Vaccination in Bombay 1869-1873 - 1869-1873
Year: 1869
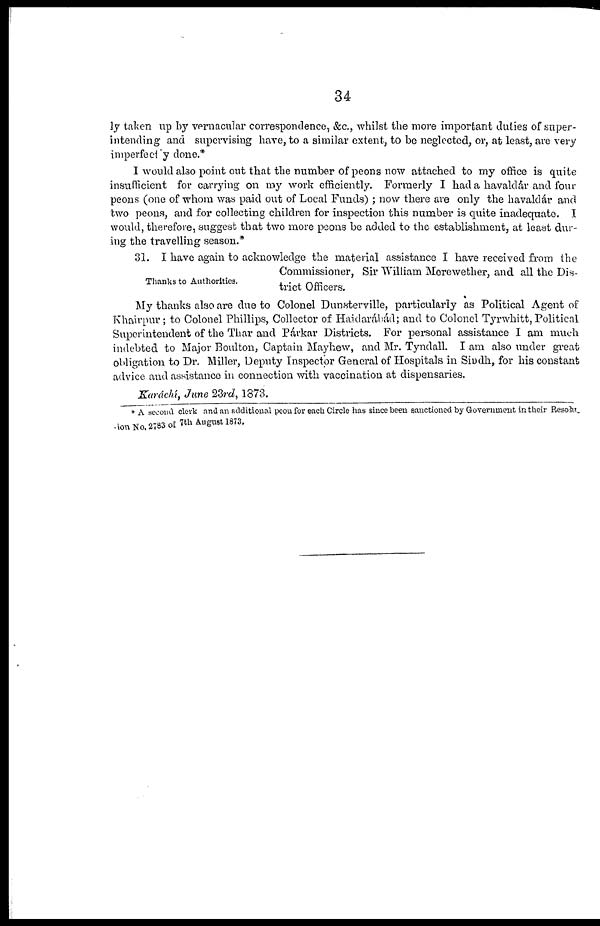
34
ly taken up by vernacular correspondence, &c., whilst the more important duties of super-
intending and supervising have, to a similar extent, to be neglected, or, at least, are very
imperfectly done.*
I would also point out that the number of peons now attached to my office is quite
insufficient for carrying on my work efficiently. Formerly I had a havaldár and four
peons (one of whom was paid out of Local Funds) ; now there are only the havaldár and
two peons, and for collecting children for inspection this number is quite inadequate. I
would, therefore, suggest that two more peons be added to the establishment, at least dur-
ing the travelling season.*
Thanks to Authorities.
31. I have again to acknowledge the material assistance I have received from the
Commissioner, Sir William Morewether, and all the Dis-
trict Officers.
My thanks also are due to Colonel Dunsterville, particularly as Political Agent of
Khairpur; to Colonel Phillips, Collector of Haidarábád; and to Colonel Tyrwhitt, Political
Superintendent of the Thar and Párkar Districts. For personal assistance I am much
indebted to Major Boulton, Captain Mayhew, and Mr. Tyndall. I am also under great
obligation to Dr. Miller, Deputy Inspector General of Hospitals in Sindh, for his constant
advice and assistance in connection with vaccination at dispensaries.
Karáchí, June 23rd, 1873.
* A second clerk and an additional peon for each Circle has since been sanctioned by Government in their Resolu¬
ion No. 2783 of 7th August 1873.